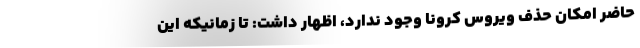
حاضر امکان حذف ویروس کرونا وجود ندارد، اظهار داشت: تا زمانیکه این